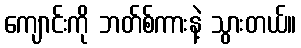
ကျောင်းကို ဘတ်စ်ကားနဲ့ သွားတယ်။